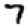
Digit: 7